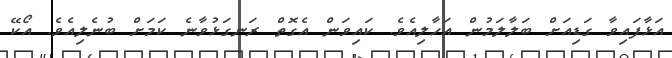
އަޅާފައިވާ ގަޑިއަށް ބަލާލަމުން އަހާލިއެވެ. ކައިވަން އެގޮތް ރަނގަޅުވާނެ ކަމަށް ބުނެލިއެވެ. އޯކޭ